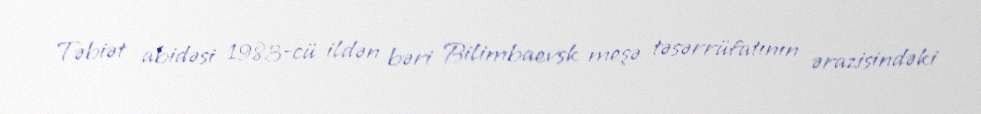
Təbiət abidəsi 1983-cü ildən bəri Bilimbaevsk meşə təsərrüfatının ərazisindəki